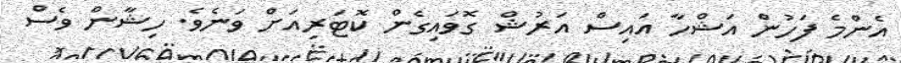
އެންމެ ފަހުން އަޝްހާ އައިސް އަރުޝް ގޮވައިގެން ކޮޓަރިއަށް ވަނެވެ. ހިޝާން ވެސް